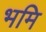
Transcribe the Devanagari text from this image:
भमि